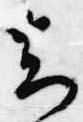
知